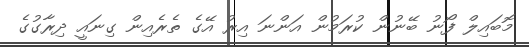
މޮބައިލް ފޯނު ބޭނުން ކުރަމުން އަންނަ އިރު އޭގެ ތެރެއިން ގިނައީ ދިރާގުގެ